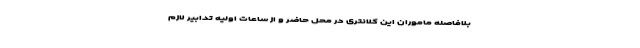
بلافاصله ماموران این کلانتری در محل حاضر و از ساعات اولیه تدابیر لازم